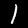
Label: 1